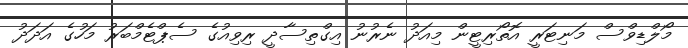
މޯލްޑިވްސް މަނިޓަރީ އޮތޯރިޓީން މިއަދު ނެރުނު އިގްތިސާދީ ރިވިއުގެ ސެޕްޓެމްބަރު މަހުގެ އަދަދު